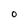
Character: 0